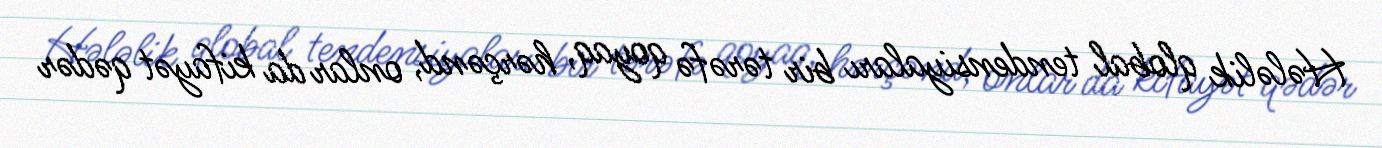
Hələlik qlobal tendensiyaları bir tərəfə qoyaq, hərçənd, onlar da kifayət qədər